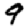
Digit: 9